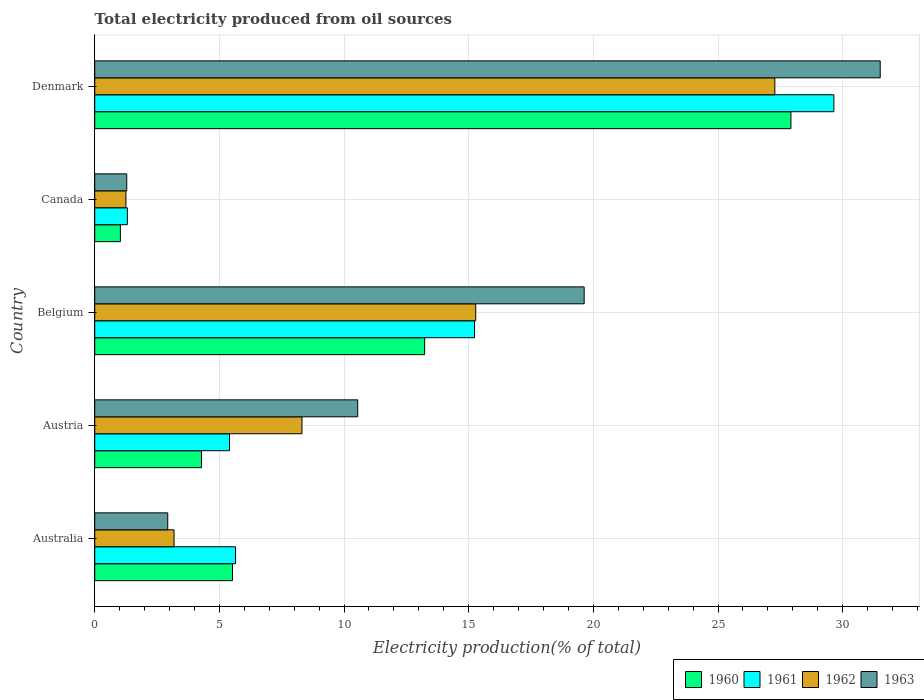
| Country | 1960 | 1961 | 1962 | 1963 |
 | --- | --- | --- | --- | --- |
 | Australia | 5.52 | 5.65 | 3.18 | 2.93 |
 | Austria | 4.28 | 5.41 | 8.31 | 10.5 |
 | Belgium | 13.2 | 15.2 | 15.3 | 19.6 |
 | Canada | 1.03 | 1.31 | 1.25 | 1.28 |
 | Denmark | 27.9 | 29.6 | 27.3 | 31.5 |